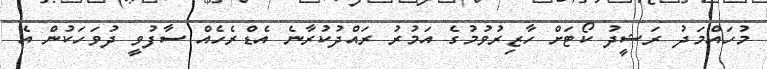
މުހައްމަދު ރަޝީދު ކޯޓަށް ހާޒިރުވުމުގެ އަމުރު ރައްދުކުރާނެ އެޑްރެހެއް ސާފުވީ ދުވަހަކުން އެ